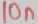
Text: 10n